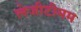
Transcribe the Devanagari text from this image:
लेजीटीमम